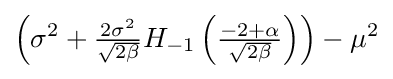
\left(\sigma ^{2}+{\tfrac {2\sigma ^{2}}{\sqrt {2\beta }}}H_{-1}\left({\tfrac {-2+\alpha }{\sqrt {2\beta }}}\right)\right)-\mu ^{2}